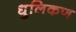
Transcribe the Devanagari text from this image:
धुलिकण